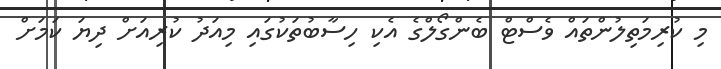
މި ކުރިމަތިލުންތައް ވެސްޓް ބެންގޯލްގެ އެކި ހިސާބުތަކުގައި މިއަދު ކުރިއަށް ދިޔަ ކަމަށް